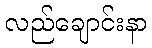
လည်ချောင်းနာ